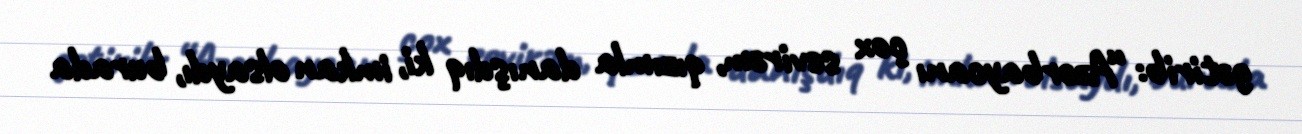
gətirib: “Azərbaycanı çox sevirəm, qızımla danışdıq ki, imkan olsaydı, burada